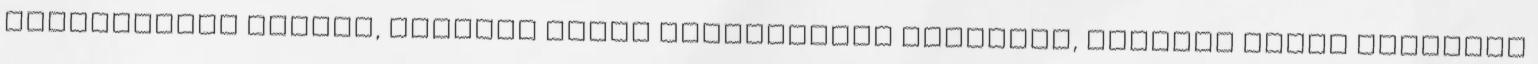
csinálhatná jobban, sohasem lehet tökéletesen csinálni, nincsen ilyen eszményi